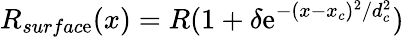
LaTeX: R_{surfac\mathrm{e}}(x)=R(1+\delta\mathrm{e}^{-(x-x_{c})^{2}/d_{c}^{2}})